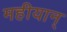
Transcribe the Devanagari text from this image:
महीयान्‌